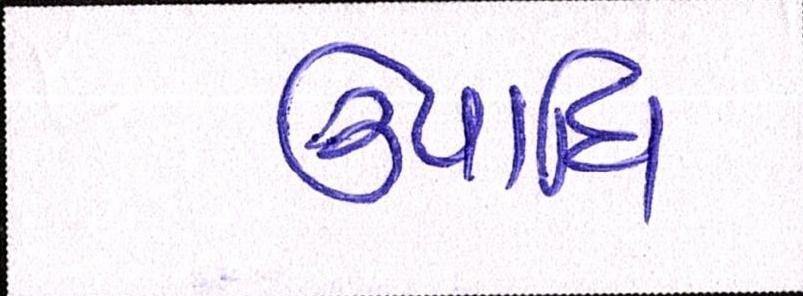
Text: ઉપાધિ